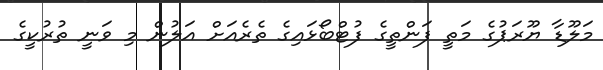
މަލޫޑާ ޔޫރަޕުގެ މަތީ ފަންތީގެ ފުޓްބޯޅައިގެ ތެރެއަށް އަލުން މި ވަނީ ތުރުކީގެ